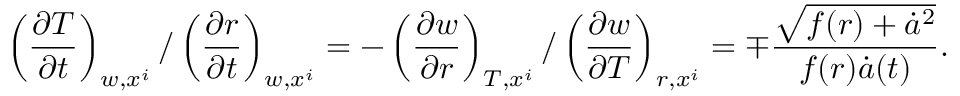
\left( \frac { \partial T } { \partial t } \right) _ { w , x ^ { i } } / \left( \frac { \partial r } { \partial t } \right) _ { w , x ^ { i } } = - \left( \frac { \partial w } { \partial r } \right) _ { T , x ^ { i } } / \left( \frac { \partial w } { \partial T } \right) _ { r , x ^ { i } } = \mp \frac { \sqrt { f ( r ) + \dot { a } ^ { 2 } } } { f ( r ) \dot { a } ( t ) } .